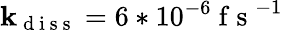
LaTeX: \mathbf{k}_{\mathrm{{~d~i~s~s~}}}=6*10^{-6}\mathrm{{~f~s~}}^{-1}